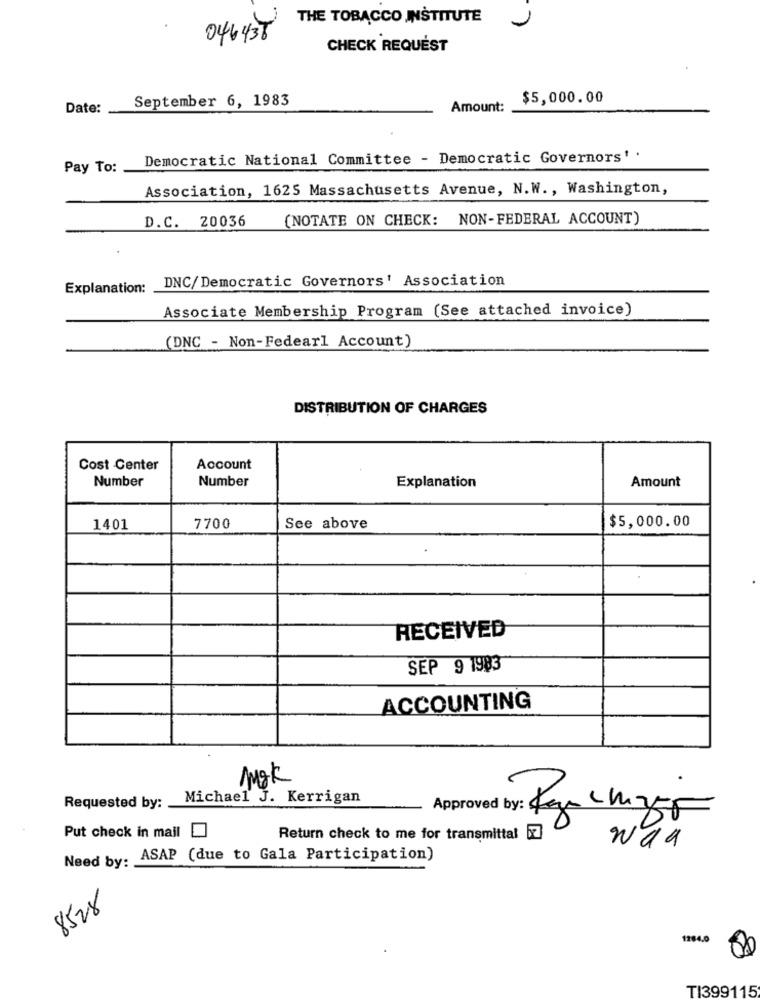
THE TOBACCO INSTITUTE
1
046436
CHECK REQUEST
September 6, 1983
$5,000.00
Date:
Amount:
Democratic National Committee - Democratic Governors' .
Pay To:
Association, 1625 Massachusetts Avenue, N.W ., Washington,
D.C. 20036
(NOTATE ON CHECK: NON-FEDERAL ACCOUNT)
Explanation:
DNC/Democratic Governors' Association
Associate Membership Program (See attached invoice)
(DNC - Non-Fedearl Account)
DISTRIBUTION OF CHARGES
Cost Center
Account
Number
Number
Amount
Explanation
$5,000.00
1401
7700
See above
RECEIVED
SEP 9 1983
ACCOUNTING
Mok
.
Michael J. Kerrigan
Requested by:
Approved by: Kan chy5
Put check in mail
Return check to me for transmittal [7]
Need by:
ASAP (due to Gala Participation)
8528
1204.0
80
TI399115